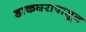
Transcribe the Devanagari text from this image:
डाकघरापासून